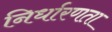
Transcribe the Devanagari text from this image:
निर्धारणता